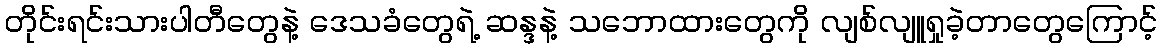
တိုင်းရင်းသားပါတီတွေနဲ့ ဒေသခံတွေရဲ့ ဆန္ဒနဲ့ သဘောထားတွေကို လျစ်လျူရှုခဲ့တာတွေကြောင့်